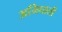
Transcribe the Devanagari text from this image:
अभिघाती